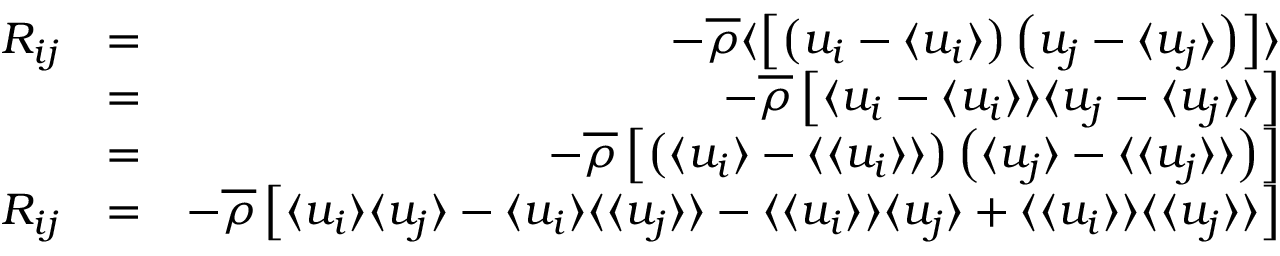
\begin{array} { r l r } { R _ { i j } } & { = } & { - \overline { { \rho } } \langle \left[ \left( u _ { i } - \langle u _ { i } \rangle \right) \left( u _ { j } - \langle u _ { j } \rangle \right) \right] \rangle } \\ & { = } & { - \overline { { \rho } } \left[ \langle u _ { i } - \langle u _ { i } \rangle \rangle \langle u _ { j } - \langle u _ { j } \rangle \rangle \right] } \\ & { = } & { - \overline { { \rho } } \left[ \left( \langle u _ { i } \rangle - \langle \langle u _ { i } \rangle \rangle \right) \left( \langle u _ { j } \rangle - \langle \langle u _ { j } \rangle \rangle \right) \right] } \\ { R _ { i j } } & { = } & { - \overline { { \rho } } \left[ \langle u _ { i } \rangle \langle u _ { j } \rangle - \langle u _ { i } \rangle \langle \langle u _ { j } \rangle \rangle - \langle \langle u _ { i } \rangle \rangle \langle u _ { j } \rangle + \langle \langle u _ { i } \rangle \rangle \langle \langle u _ { j } \rangle \rangle \right] } \end{array}